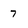
Character: 7